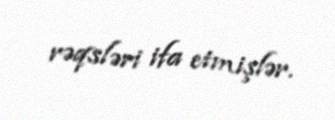
rəqsləri ifa etmişlər.